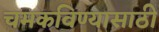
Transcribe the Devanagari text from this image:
चमकविण्यासाठी